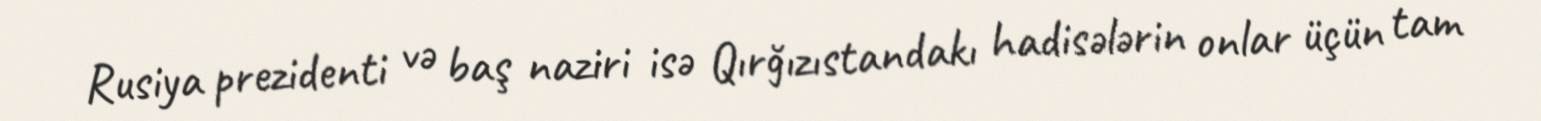
Rusiya prezidenti və baş naziri isə Qırğızıstandakı hadisələrin onlar üçün tam